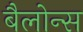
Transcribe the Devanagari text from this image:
बैलोन्स